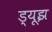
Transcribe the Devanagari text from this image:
ड्यूझ